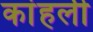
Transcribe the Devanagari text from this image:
कांहली